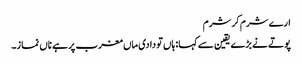
ارے شرم کر شرم
پوتے نے بڑے یقین سے کہا: ہاں تو دادی ماں مغرب پر ہے ناں نماز۔